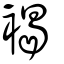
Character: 褐